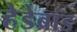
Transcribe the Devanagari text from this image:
हेडेब्रांड